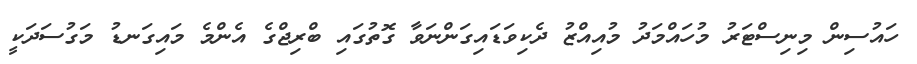
ހައުސިން މިނިސްޓަރު މުހައްމަދު މުއިއްޒު ދެކިވަޑައިގަންނަވާ ގޮތުގައި ބްރިޖްގެ އެންމެ މައިގަނޑު މަގުސަދަކީ